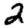
Digit: 2